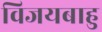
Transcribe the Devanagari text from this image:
विजयबाहु